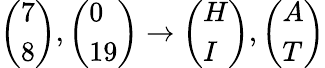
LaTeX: {\left(\begin{array}{l}{7}\\ {8}\end{array}\right)},{\left(\begin{array}{l}{0}\\ {19}\end{array}\right)}\to{\left(\begin{array}{l}{H}\\ {I}\end{array}\right)},{\left(\begin{array}{l}{A}\\ {T}\end{array}\right)}